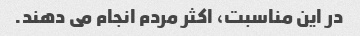
در این مناسبت، اکثر مردم انجام می دهند.